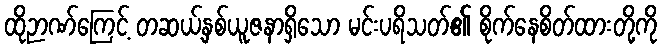
ထိုဉာဏ်ကြေင့် တဆယ့်နှစ်ယူဇနာရှိသော မင်းပရိသတ်၏ စိုက်နေစိတ်ထားတို့ကို